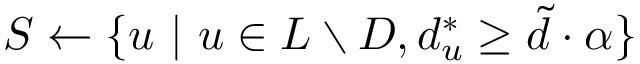
S \gets \{ u \ | \ u \in L \setminus D , d _ { u } ^ { * } \geq \tilde { d } \cdot \alpha \}